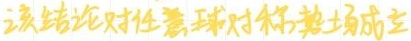
该结论对任意球对称热场成立